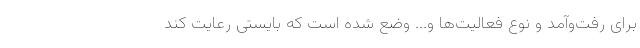
برای رفت‌وآمد و نوع فعالیت‌ها و... وضع شده است که بایستی رعایت کند